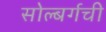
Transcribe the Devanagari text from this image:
सोल्बर्गची